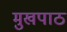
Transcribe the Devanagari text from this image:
मुखपाठ